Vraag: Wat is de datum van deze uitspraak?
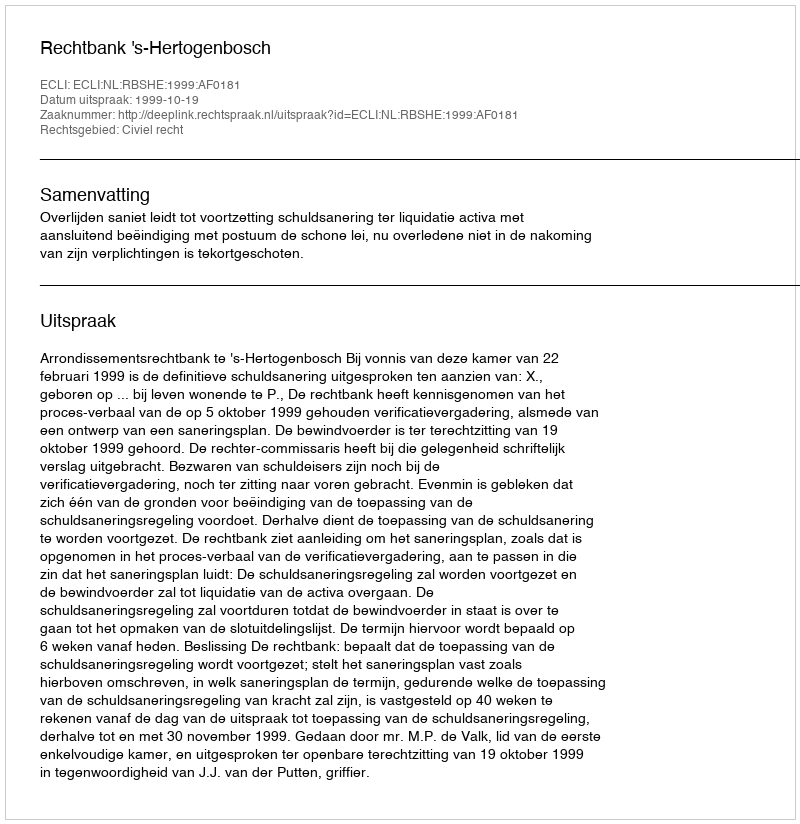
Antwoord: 1999-10-19